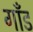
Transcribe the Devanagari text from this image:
गाँड